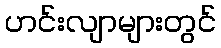
ဟင်းလျာများတွင်